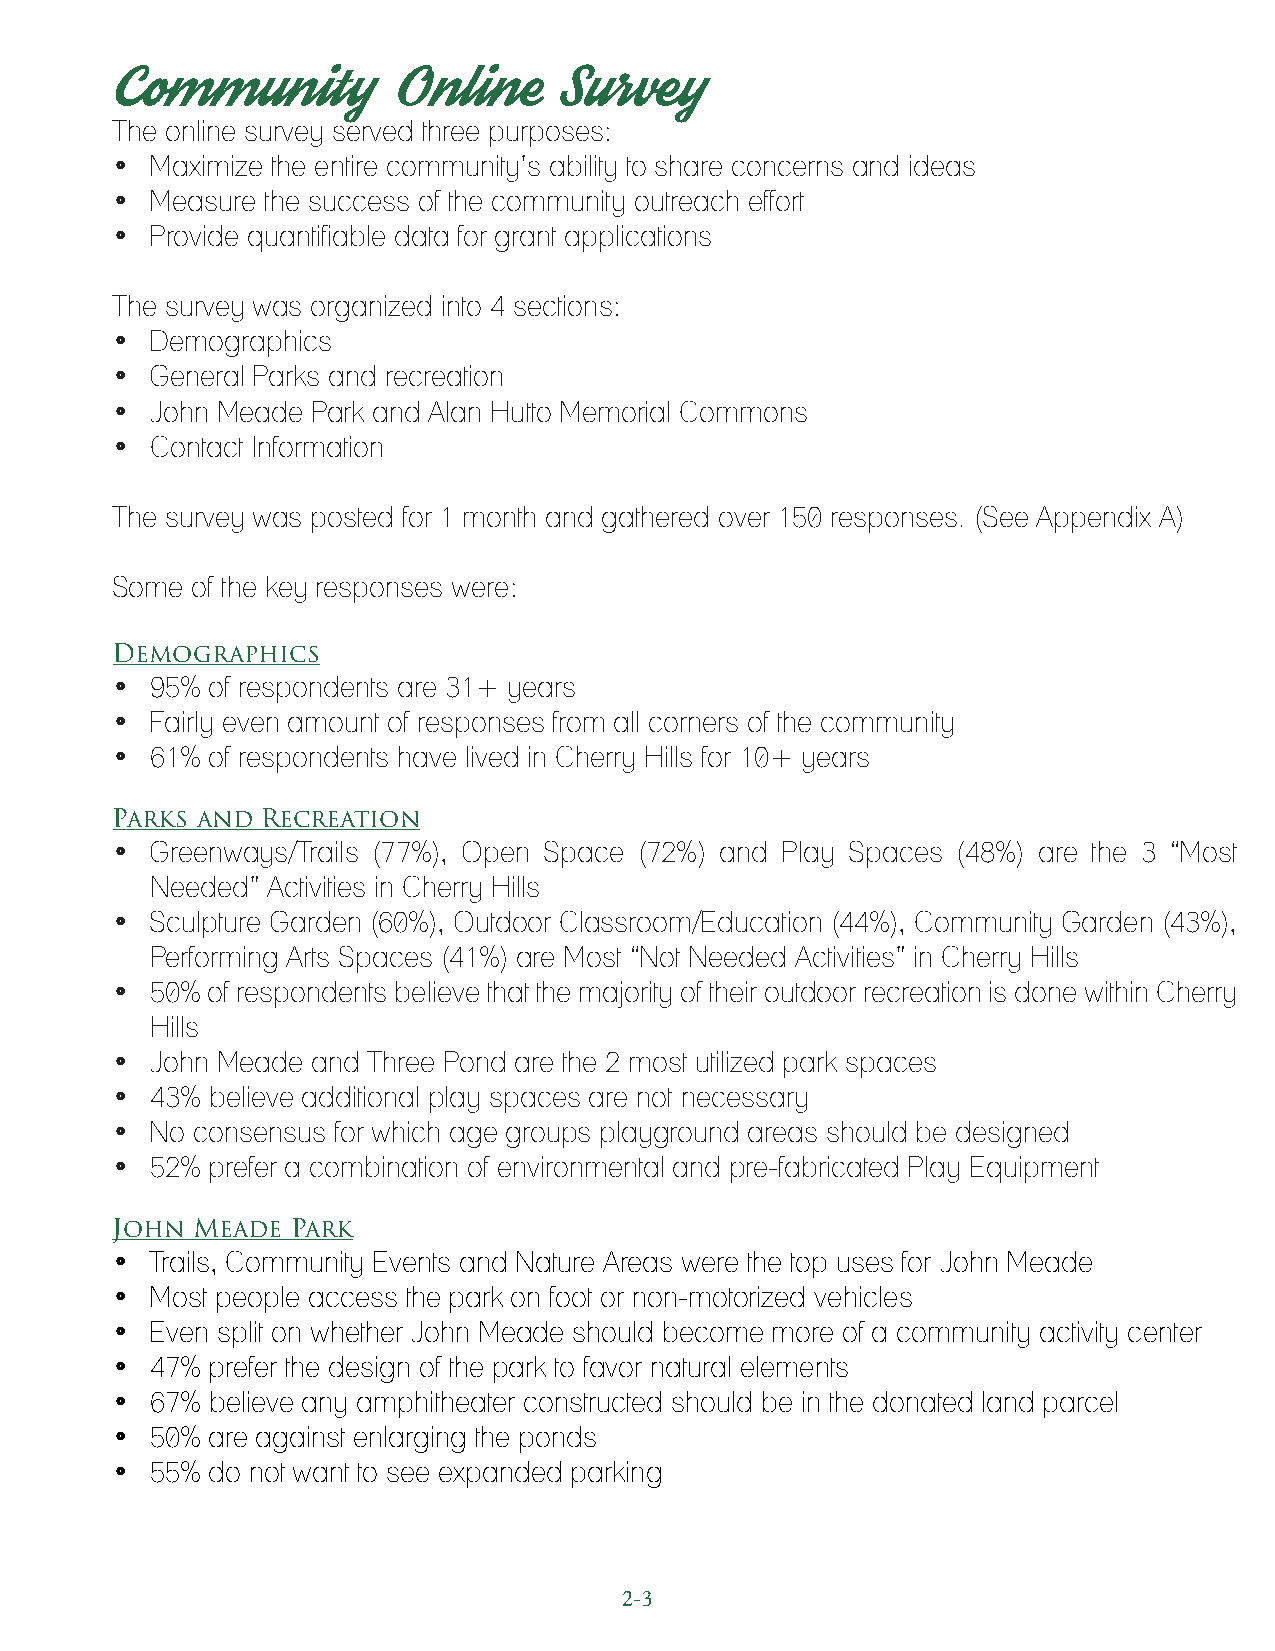
Community          Online     Survey
 The online survey served three purposes:
 •  Maximize the entire community’s ability to share concerns and ideas
 •  Measure the success of the community outreach effort
 •  Provide quantifiable data for grant applications
 The survey was organized into 4 sections:
 •  Demographics
 •  General Parks and recreation
 •  John Meade Park and Alan Hutto Memorial Commons
 •  Contact Information
 The survey was posted for 1 month and gathered over 150 responses. (See Appendix A)
 Some  of the key responses were:
 Demographics
 •  95% of respondents are 31+ years
 •  Fairly even amount of responses from all corners of the community
 •  61% of respondents have lived in Cherry Hills for 10+ years
 Parks and Recreation
 •  Greenways/Trails (77%), Open Space (72%) and Play Spaces (48%) are the 3 “Most
 Needed” Activities in Cherry Hills
 •  Sculpture Garden (60%), Outdoor Classroom/Education (44%), Community Garden (43%),
 Performing Arts Spaces (41%) are Most “Not Needed Activities” in Cherry Hills
 •  50% of respondents believe that the majority of their outdoor recreation is done within Cherry
 Hills
 •  John Meade and Three Pond are the 2 most utilized park spaces
 •  43% believe additional play spaces are not necessary
 •  No consensus for which age groups playground areas should be designed
 •  52% prefer a combination of environmental and pre-fabricated Play Equipment
 John  Meade Park
 •  Trails, Community Events and Nature Areas were the top uses for John Meade
 •  Most people access the park on foot or non-motorized vehicles
 •  Even split on whether John Meade should become more of a community activity center
 •  47% prefer the design of the park to favor natural elements
 •  67% believe any amphitheater constructed should be in the donated land parcel
 •  50% are against enlarging the ponds
 •  55% do not want to see expanded parking
 2-3